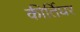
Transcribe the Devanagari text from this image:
कीर्तिघर